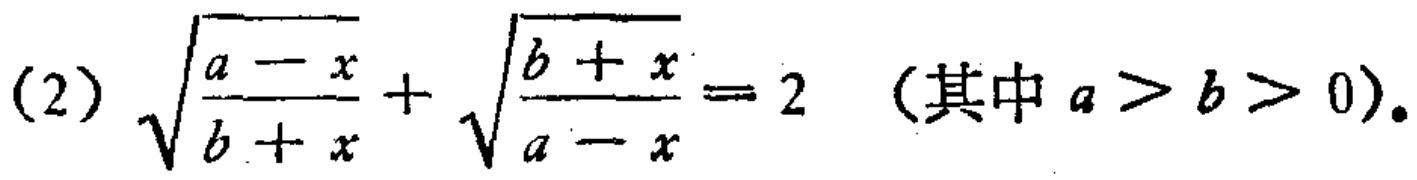
(2) \(\sqrt{\frac{a - x}{b + x}}+\sqrt{\frac{b + x}{a - x}} = 2\)（其中 \(a>b>0\)）。